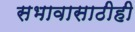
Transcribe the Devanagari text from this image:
सभावासाठीही